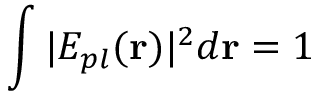
\int | E _ { p l } ( \mathbf { r } ) | ^ { 2 } d \mathbf { r } = 1